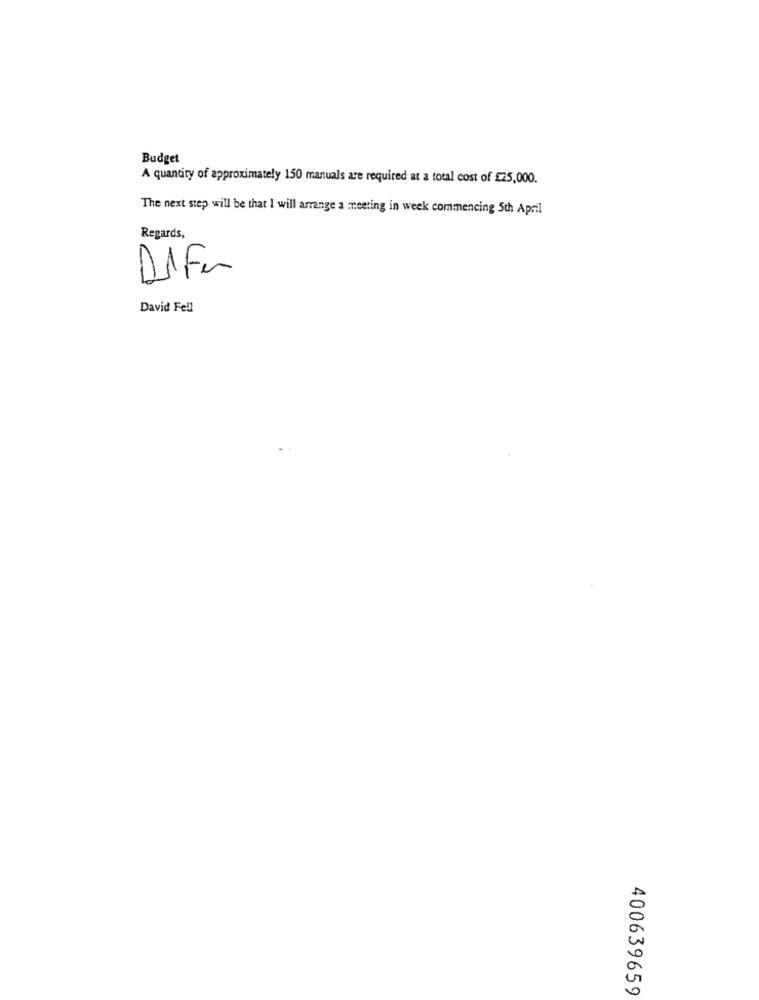
Budget
A quantity of approximately 150 manuals are required at a total cost of £25,000.
The next step will be that I will arrange a meeting in week commencing 5th April
Regards,
D1Fm
David Fell
400639659